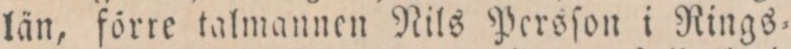
län, förre talmannen Nils Persſon i Rings=